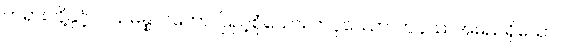
တရားတို့နှင့််။ သမန္နာဂတော၊ ပြည့်စုံသော။ တပုဿော၊ တပုဿအမည်ရှိသော။